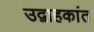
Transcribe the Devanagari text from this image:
उद्वाहकांत